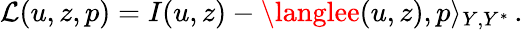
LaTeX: \mathcal{L}(u,z,p)=I(u,z)-\langlee(u,z),p\rangle_{Y,Y^{*}}\, .